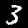
Label: 3